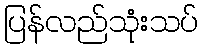
ပြန်လည်သုံးသပ်